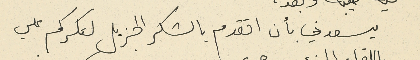
يسعدني بأن اتقدم بالشكر الجزيل لتكرمكم علي